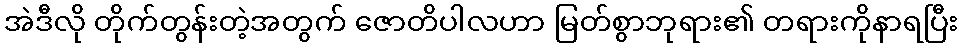
အဲဒီလို တိုက်တွန်းတဲ့အတွက် ဇောတိပါလဟာ မြတ်စွာဘုရား၏ တရားကိုနာရပြီး